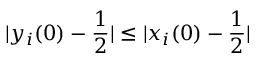
| y _ { i } ( 0 ) - \frac { 1 } { 2 } | \leq | x _ { i } ( 0 ) - \frac { 1 } { 2 } |